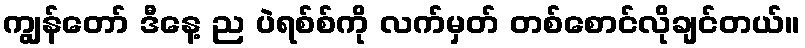
ကျွန်တော် ဒီနေ့ ည ပဲရစ်စ်ကို လက်မှတ် တစ်စောင်လိုချင်တယ်။